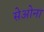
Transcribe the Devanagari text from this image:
सेओना